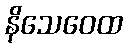
နိသေဝေထ